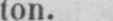
ton.